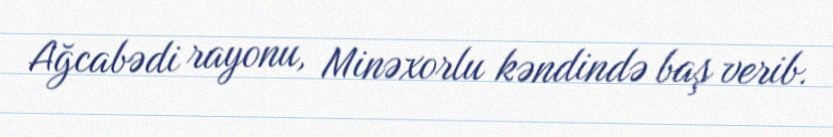
Ağcabədi rayonu, Minəxorlu kəndində baş verib.